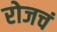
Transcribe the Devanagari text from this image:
रोजचं